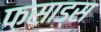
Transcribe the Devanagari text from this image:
फ़साड्स